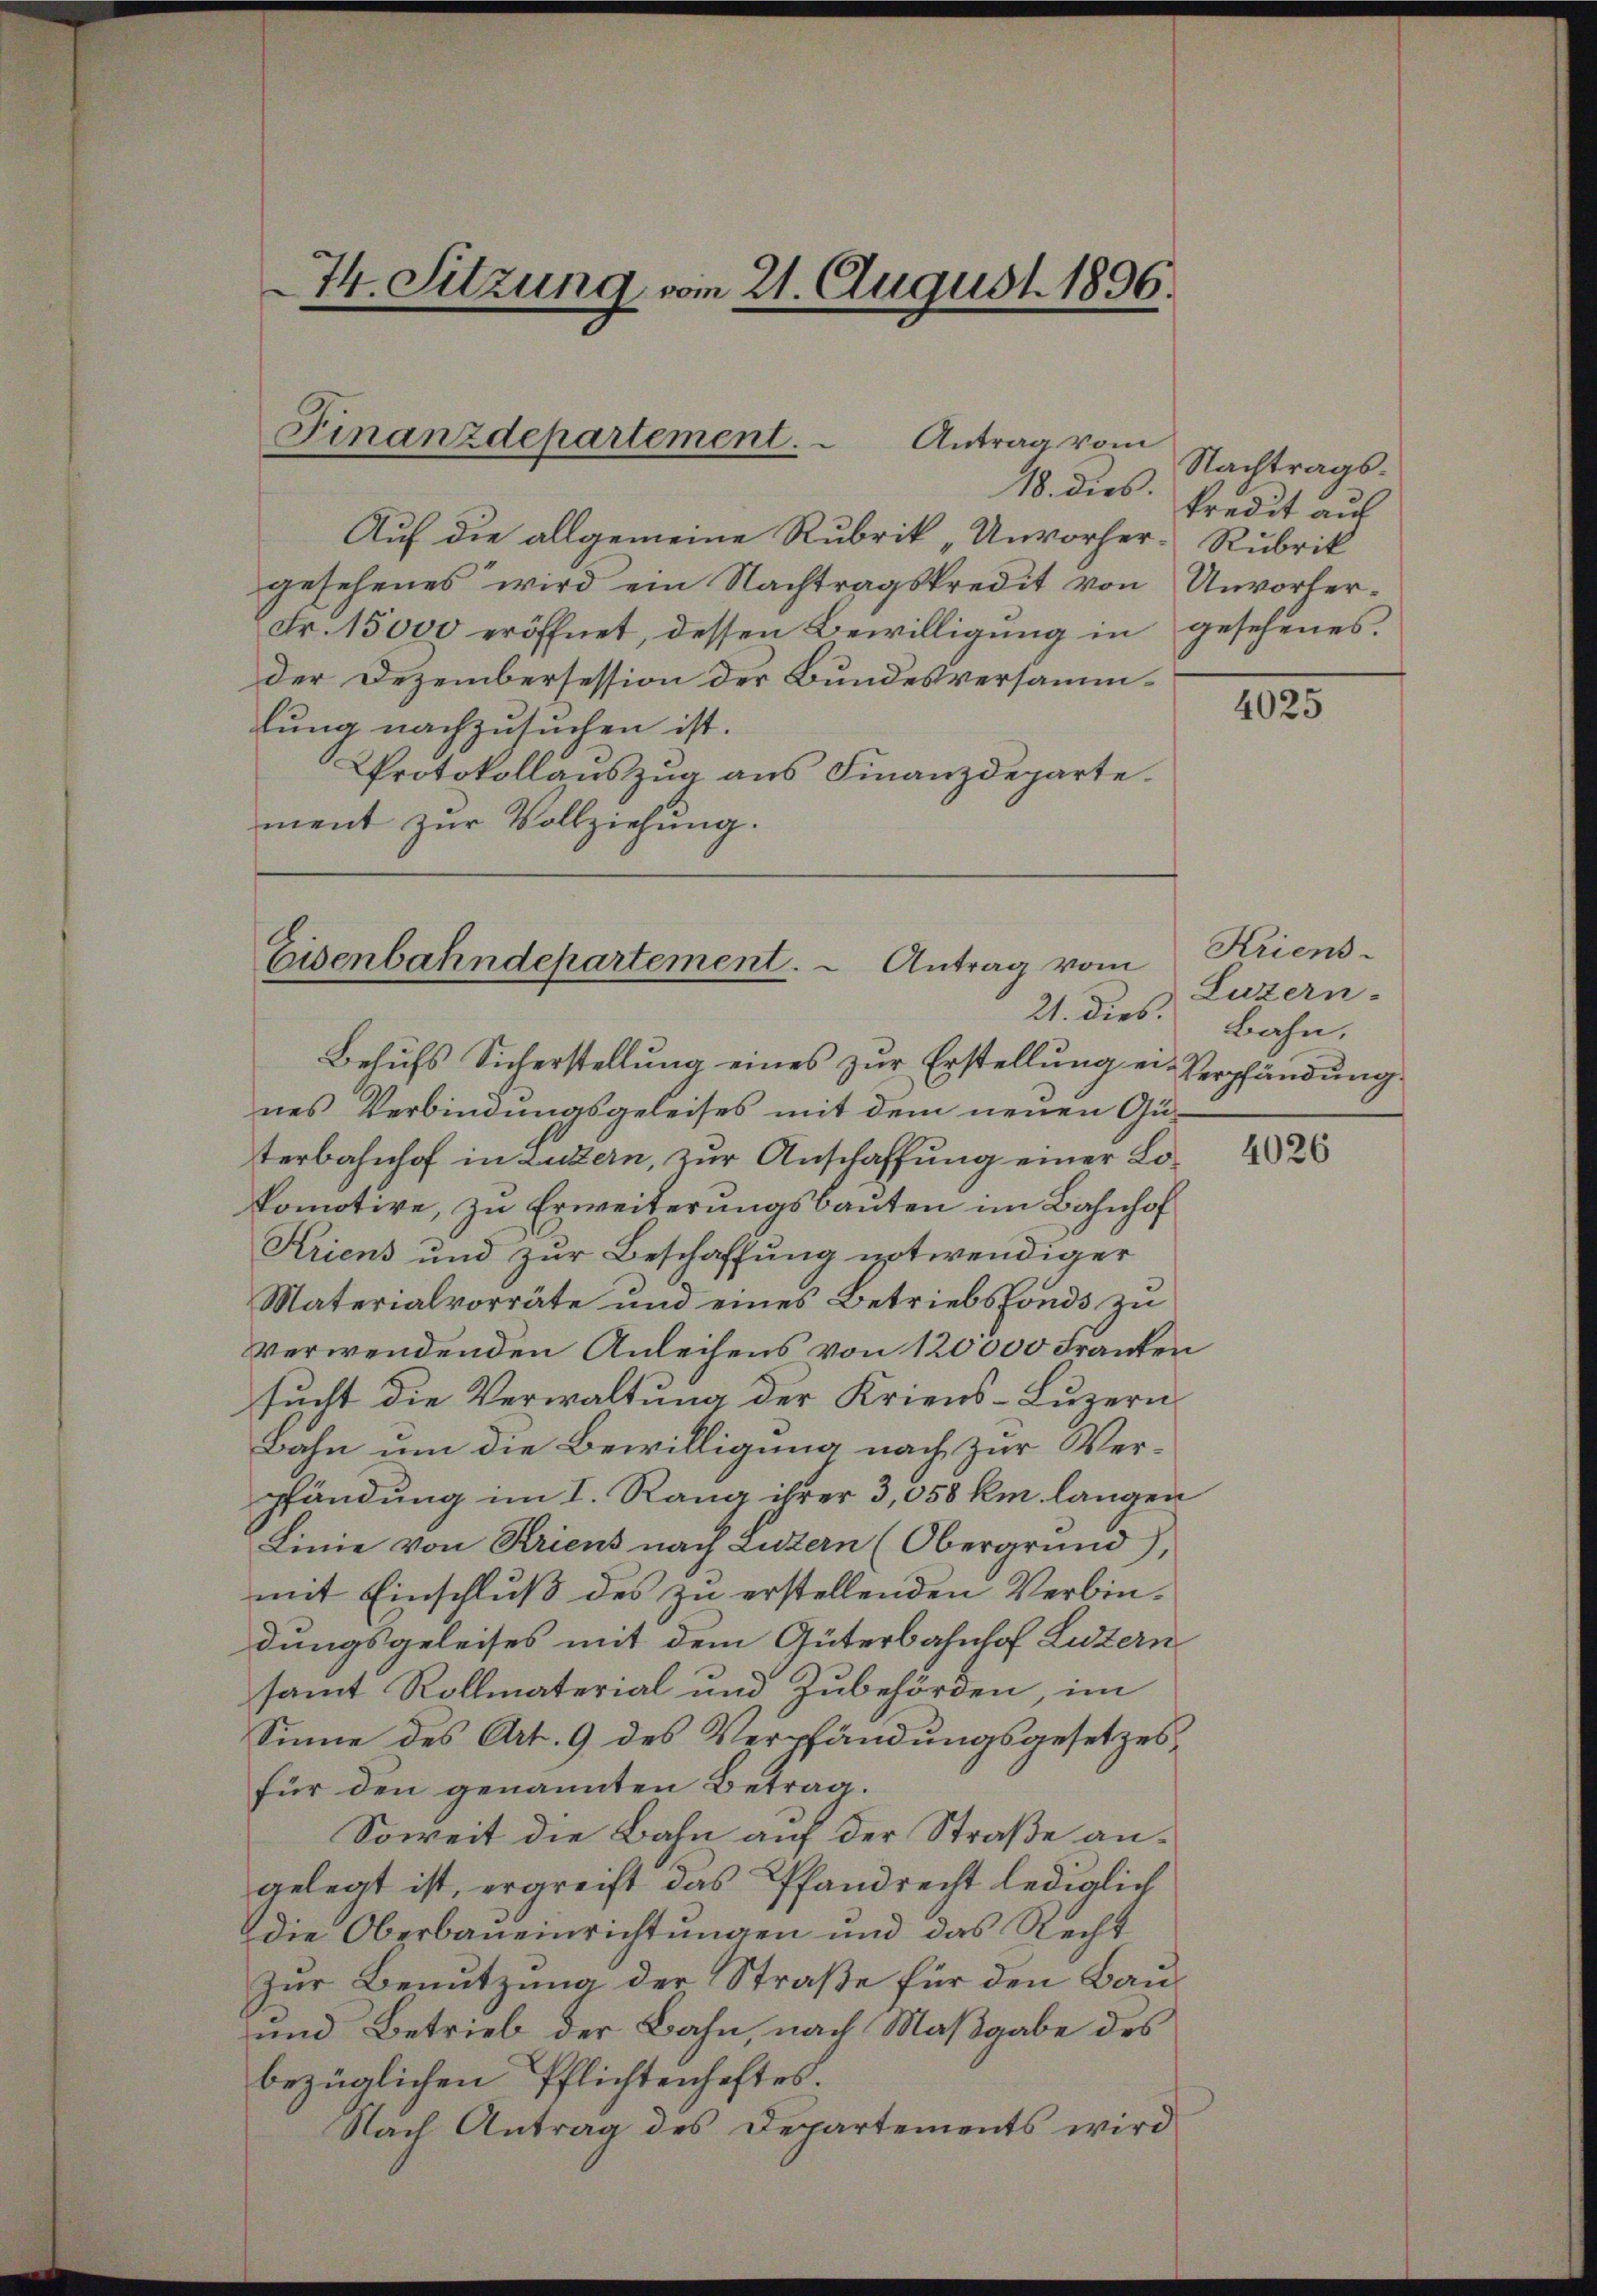
74. Sitzung vom 21. August 1896.

Finanzdepartement. Antrag vom

Eisenbahndepartement. Antrag vom
21. dies.
Behufs Sicherstellung eines zur Erstellung ei¬

nes Verbindungsgeleises mit dem neuen Guterbahnhof in Luzern, zur Anschaffung einer Lokomotive, zu Erweiterungsbauten im Bahnhof
Kriens und zur Beschaffung notwendiger
Materialvorräte und eines Betriebsfonds zu
verwendenden Anleihens von 120000 Franken
sucht die Verwaltung der Kriens-Luzern,
Bahn um die Bewilligung nach zur Verpfändung im I. Rang ihrer 3,058 km langen
Linie von Kriens nach Luzern (Obergrund),
mit Einschluß des zu erstellenden Verbindungsgeleises mit dem Güterbahnhof Luzern
samt Rollmaterial und Zubehörden, im
Sinne des Art. 9 des Verpfändungsgesetzesfür den genannten Betrag.
Soweit die Bahn auf der Straße angelegt ist, ergreift das Pfandrecht lediglich
die Oberbaueinrichtungen und das Recht
Zur Benutzung der Straße für den Bau¬
und Betrieb der Bahn, nach Maßgabe des
bezüglichen Pflichtenhaftes.
Nach Antrag des Departements wird

Auf die allgemeine Rubrik „Unvorher- Rubrik
gesehenes wird ein Nachtragskredit von Unvorher¬
Fr. 15,000 eröffnet, dessen Bewilligung in gesehenes
der Dezembersession der Bundesversammlung nachzusuchen ist.
Protokollauszug aus Finanzdeparte.
ment zur Vollziehung.

Nachtrags¬
18. dies Predit auf

4025

Kriens
Luzern-
Bahn.
Verpfändung

4026